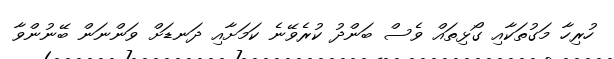
ހުރިހާ މަގުތަކާއި ގޯޅިތައް ވެސް ބަންދު ކުރެވޭނެ ކަމަށާއި ދަނޑަށް ވަންނަން ބޭނުންވާ